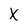
Character: X